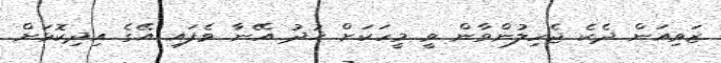
ޒަވިއަން ދެކެ ޖެހިލުންވާން ވީ މީހަކަށް ޚުދު އޭނާ ވެފައި އޭގެ އިދިކޮަޅަށް